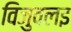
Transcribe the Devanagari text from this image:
विजुवलइ